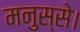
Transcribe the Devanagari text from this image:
मनुस्से।